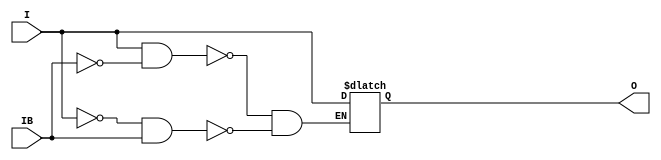
///////////////////////////////////////////////////////////////////////////////
// Copyright (c) 1995/2015 Xilinx, Inc.
// All Right Reserved.
///////////////////////////////////////////////////////////////////////////////
//   ____  ____
//  /   /\/   /
// /___/  \  /    Vendor : Xilinx
// \   \   \/     Version : 2015.4
//  \   \         Description : Xilinx Formal Library Component
//  /   /                  Input Buffer
// /___/   /\     Filename : IBUFGDS.v
// \   \  /  \
//  \___\/\___\
//
///////////////////////////////////////////////////////////////////////////////
// Revision:
//    04/01/08 - Initial version.
//    02/05/14 - Removed X's assignment.
// End Revision
///////////////////////////////////////////////////////////////////////////////

`timescale  1 ps / 1 ps

`celldefine

module IBUFGDS (O, I, IB);

  parameter CAPACITANCE = "DONT_CARE";
  parameter DIFF_TERM = "FALSE";
  parameter IBUF_DELAY_VALUE = "0";
  parameter IBUF_LOW_PWR = "TRUE";
  parameter IOSTANDARD = "DEFAULT";

`ifdef XIL_TIMING //Simprim
 
  parameter LOC = "UNPLACED";

`endif

  output O;

  input  I, IB;

  reg o_out;

  buf b_0 (O, o_out);

  always @(I or IB) begin
    if (I == 1'b1 && IB == 1'b0)
      o_out <= I;
    else if (I == 1'b0 && IB == 1'b1)
      o_out <= I;
    end

endmodule

`endcelldefine